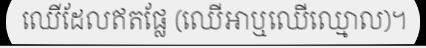
ឈើដែលឥតផ្លែ (ឈើអាឬឈើឈ្មោល)។